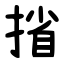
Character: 㨘